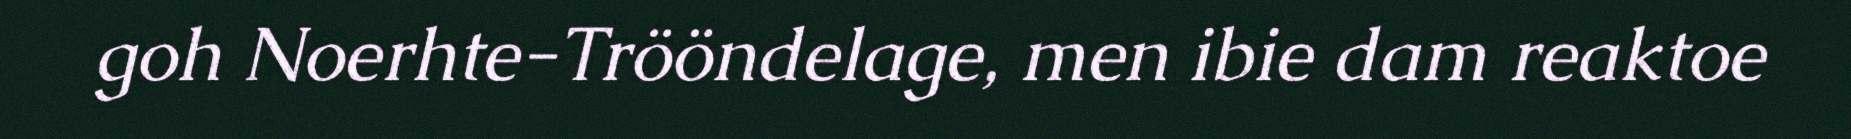
goh Noerhte-Trööndelage, men ibie dam reaktoe